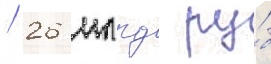
/ 26 млрд ру́б